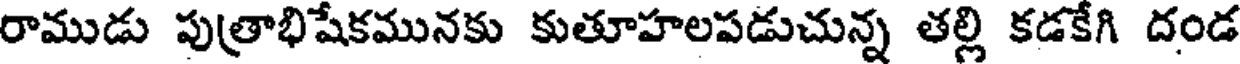
రాముడు పుత్రాభిషేకమునకు కుతూహలపడుచున్న తల్లి కడకేగి దండ